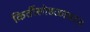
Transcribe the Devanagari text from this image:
किर्तीसोहळामान